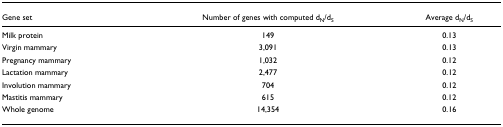
<table><thead><tr><td><b>Gene set</b></td><td><b>Number of genes with computed d<sub>N</sub>/d<sub>S</sub></b></td><td><b>Average d<sub>N</sub>/d<sub>S</sub></b></td></tr></thead><tbody><tr><td>Milk protein</td><td>149</td><td>0.13</td></tr><tr><td>Virgin mammary</td><td>3,091</td><td>0.13</td></tr><tr><td>Pregnancy mammary</td><td>1,032</td><td>0.12</td></tr><tr><td>Lactation mammary</td><td>2,477</td><td>0.12</td></tr><tr><td>Involution mammary</td><td>704</td><td>0.12</td></tr><tr><td>Mastitis mammary</td><td>615</td><td>0.12</td></tr><tr><td>Whole genome</td><td>14,354</td><td>0.16</td></tr></tbody></table>